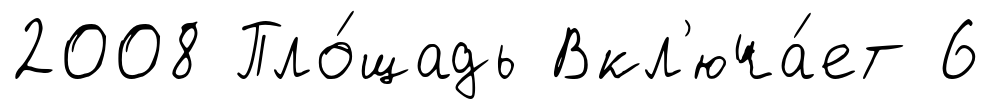
2008 Пло́щадь Вкл'юча́ет 6